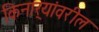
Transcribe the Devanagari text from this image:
किनार्‍यांवरील